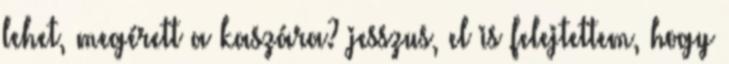
lehet, megérett a kaszára? jesszus, el is felejtettem, hogy